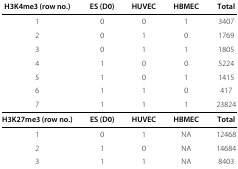
<table><thead><tr><td><b>H3K4me3 (row no.)</b></td><td><b>ES (D0)</b></td><td><b>HUVEC</b></td><td><b>HBMEC</b></td><td><b>Total</b></td></tr></thead><tbody><tr><td>1</td><td>0</td><td>0</td><td>1</td><td>3407</td></tr><tr><td>2</td><td>0</td><td>1</td><td>0</td><td>1769</td></tr><tr><td>3</td><td>0</td><td>1</td><td>1</td><td>1805</td></tr><tr><td>4</td><td>1</td><td>0</td><td>0</td><td>5224</td></tr><tr><td>5</td><td>1</td><td>0</td><td>1</td><td>1415</td></tr><tr><td>6</td><td>1</td><td>1</td><td>0</td><td>417</td></tr><tr><td>7</td><td>1</td><td>1</td><td>1</td><td>23824</td></tr><tr><td><b>H3K27me3 (row no.)</b></td><td><b>ES (D0)</b></td><td><b>HUVEC</b></td><td><b>HBMEC</b></td><td><b>Total</b></td></tr><tr><td>1</td><td>0</td><td>1</td><td>NA</td><td>12468</td></tr><tr><td>2</td><td>1</td><td>0</td><td>NA</td><td>14684</td></tr><tr><td>3</td><td>1</td><td>1</td><td>NA</td><td>8403</td></tr></tbody></table>